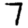
Digit: 7